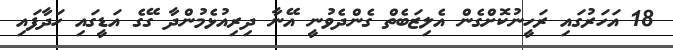
18 އަހަރުގައި ރަހީނުކޮށްގެން އެލިޒަބެތް ގެންދެވުނީ އޭނާ ދިރިއުޅެމުންދާ ގޭގެ އަޑީގައި ހަދާފައި